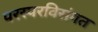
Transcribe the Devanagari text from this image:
परस्परविसंगत